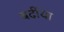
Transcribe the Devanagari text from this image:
बर्दीया